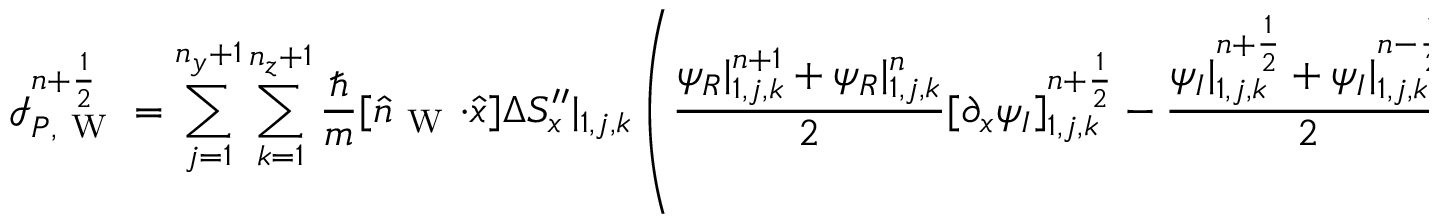
\mathcal I _ { P , \mathrm { ~ W ~ } } ^ { n + \frac 1 2 } = \sum _ { j = 1 } ^ { n _ { y } + 1 } \sum _ { k = 1 } ^ { n _ { z } + 1 } \frac { \hbar } { m } [ \hat { n } _ { \mathrm { ~ W ~ } } \cdot \hat { x } ] \Delta S _ { x } ^ { \prime \prime } | _ { 1 , j , k } \left( \frac { \psi _ { R } | _ { 1 , j , k } ^ { n + 1 } + \psi _ { R } | _ { 1 , j , k } ^ { n } } { 2 } [ \partial _ { x } \psi _ { I } ] _ { 1 , j , k } ^ { n + \frac 1 2 } - \frac { \psi _ { I } | _ { 1 , j , k } ^ { n + \frac 1 2 } + \psi _ { I } | _ { 1 , j , k } ^ { n - \frac 1 2 } } { 2 } [ \partial _ { x } \psi _ { R } ] _ { 1 , j , k } ^ { n } \right) \, ,